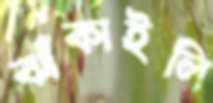
ঝাঁকাইলি